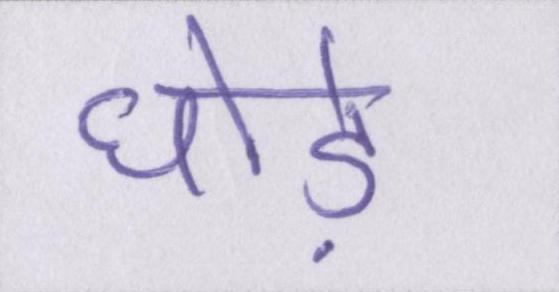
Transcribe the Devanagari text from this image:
घोड़े